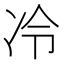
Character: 冷